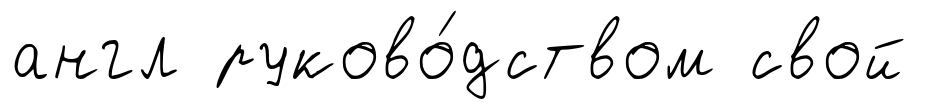
англ руково́дством свой